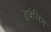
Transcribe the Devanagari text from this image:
ड्वेलिंग